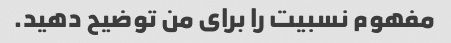
مفهوم نسبیت را برای من توضیح دهید.